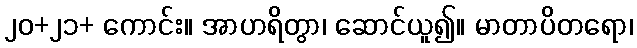
၂၀+၂၁+ ကောင်း။ အာဟရိတွာ၊ ဆောင်ယူ၍။ မာတာပိတရော၊